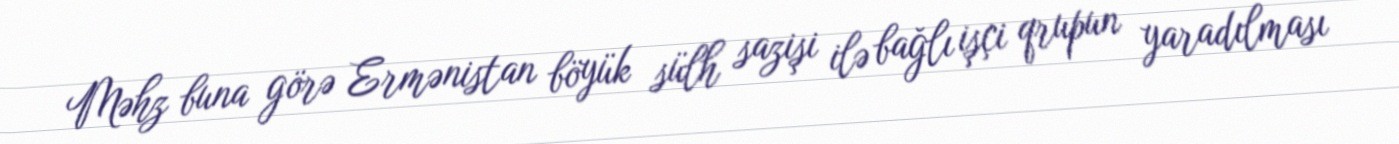
Məhz buna görə Ermənistan böyük sülh sazişi ilə bağlı işçi qrupun yaradılması